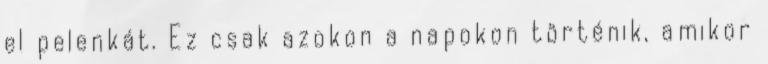
el pelenkát. Ez csak azokon a napokon történik, amikor